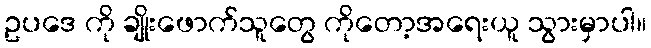
ဥပဒေ ကို ချိုးဖောက်သူတွေ ကိုတော့အရေးယူ သွားမှာပါ။